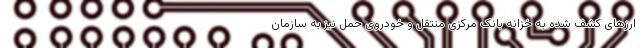
ارزهای کشف شده به خزانه بانک مرکزی منتقل و خودروی حمل نیز به سازمان